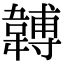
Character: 䪙